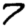
Digit: 7